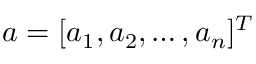
\boldsymbol { a } = [ a _ { 1 } , a _ { 2 } , \dots , a _ { n } ] ^ { T }